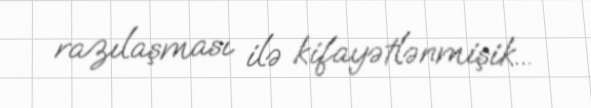
razılaşması ilə kifayətlənmişik...